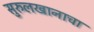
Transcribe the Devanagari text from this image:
सुरुलखानाचा